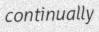
continually